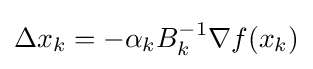
\Delta x_{k}=-\alpha _{k}B_{k}^{-1}\nabla f(x_{k})